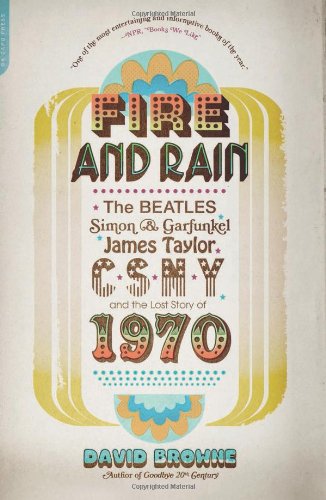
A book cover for Fire and Rain: The Beatles, Simon and Garfunkel, James Taylor, CSNY, and the Lost Story of 1970; David Browne; Humor & Entertainment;